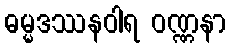
ဓမ္မဒဿနဝါရ ဝဏ္ဏနာ